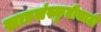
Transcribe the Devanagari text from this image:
खाद्यसंस्कृतीसाठी